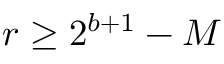
r \geq 2 ^ { b + 1 } - M